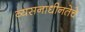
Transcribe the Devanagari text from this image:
व्यसनाधीनतेचे